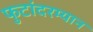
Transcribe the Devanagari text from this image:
फुटांदरम्यान